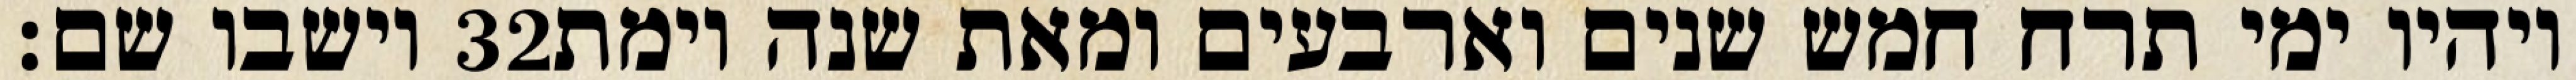
וישבו שם׃ ‎32‏ ויהיו ימי תרח חמש שנים וארבעים ומאת שנה וימת